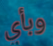
وبأي